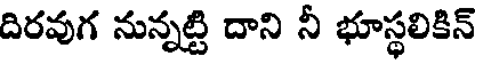
దిరవుగ నున్నట్టి దాని నీ భూస్థలికిన్